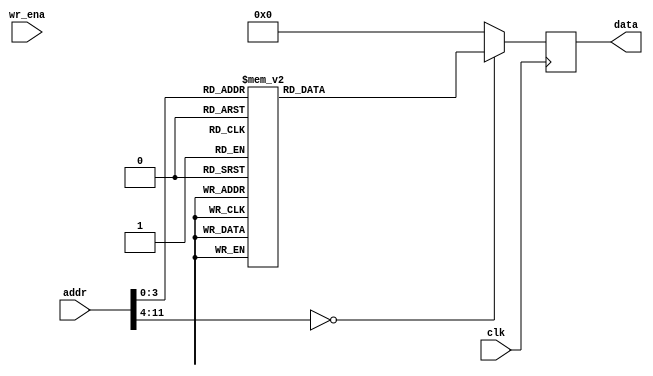
module mem_w_image (clk, addr, wr_ena, data) ;
parameter DATA_WIDTH =  32;
input clk;
input [11:0] addr;
input wr_ena;
output [DATA_WIDTH-1:0] data;
reg    [DATA_WIDTH-1:0] data;
always@(posedge clk) begin 
    case(addr)
        0:  data   <=  32'b0_0000_0000_0000_0000_0000_0000_0000_000;
        1:  data   <=  32'b0_0111_1111_0000_0000_0000_0000_0010_001;//1
        2:  data   <=  32'b0_0111_1110_0000_0000_0000_0000_0010_010;//0.5   3f0
        3:  data   <=  32'b0_1000_0000_0000_0000_0000_0000_0010_011;//2   40
        4:  data   <=  32'b0_0111_1101_0000_0000_0000_0000_0010_100;//0.25    3e8
        5:  data   <=  32'b0_0111_1100_0000_0000_0000_0000_0010_101;//0.125    7e
        6:  data   <=  32'b0_0111_1111_0000_0000_0000_0000_0010_110;//1
        7:  data   <=  32'b0_0111_1110_0000_0000_0000_0000_0010_111;//0.5
        8:  data   <=  32'b0_1000_0000_0000_0000_0000_0000_0011_000;//2
        default: data <= 0;
    endcase
end

endmodule